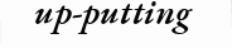
up-putting